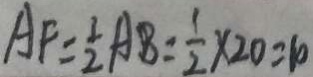
A F = \frac { 1 } { 2 } A B = \frac { 1 } { 2 } \times 2 0 = 1 0